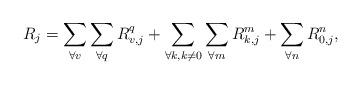
LaTeX: \begin{align*} R_j=\sum\limits_{\forall v}\sum\limits_{\forall q} R_{v,j}^q + \sum\limits_{\forall k, k\ne0}\sum\limits_{\forall m} R_{k,j}^m +\sum\limits_{\forall n} R_{0,j}^n,\end{align*}